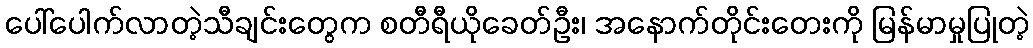
ပေါ်ပေါက်လာတဲ့သီချင်းတွေက စတီရီယိုခေတ်ဦး၊ အနောက်တိုင်းတေးကို မြန်မာမှုပြုတဲ့